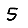
Digit: 5